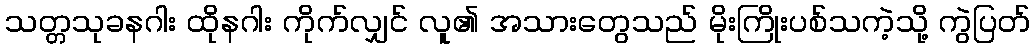
သတ္တသုခနဂါး ထိုနဂါး ကိုက်လျှင် လူ၏ အသားတွေသည် မိုးကြိုးပစ်သကဲ့သို့ ကွဲပြတ်